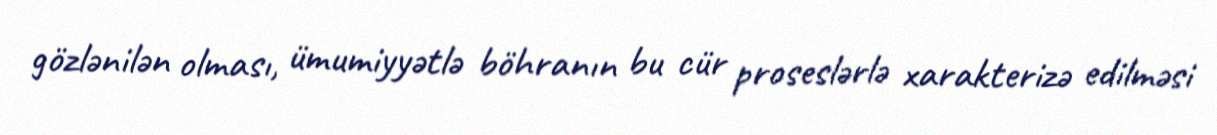
gözlənilən olması, ümumiyyətlə böhranın bu cür proseslərlə xarakterizə edilməsi